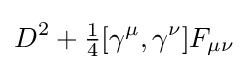
D^{2}+{\tfrac {1}{4}}[\gamma ^{\mu },\gamma ^{\nu }]F_{\mu \nu }